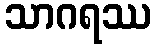
သာဂရဿ